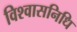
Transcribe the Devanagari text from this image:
विश्वासनिधि